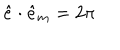
\hat { e } \cdot \hat { e } _ { m } = 2 \pi